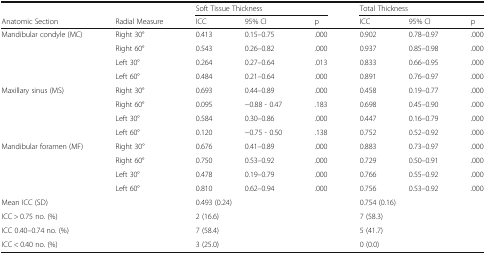
<table><thead><tr><td></td><td></td><td colspan="3"><b>Soft Tissue Thickness</b></td><td colspan="3"><b>Total Thickness</b></td></tr><tr><td><b>Anatomic Section</b></td><td><b>Radial Measure</b></td><td><b>ICC</b></td><td><b>95% CI</b></td><td><b>p</b></td><td><b>ICC</b></td><td><b>95% CI</b></td><td><b>p</b></td></tr></thead><tbody><tr><td rowspan="4">Mandibular condyle (MC)</td><td>Right 30°</td><td>0.413</td><td>0.15–0.75</td><td>.000</td><td>0.902</td><td>0.78–0.97</td><td>.000</td></tr><tr><td>Right 60°</td><td>0.543</td><td>0.26–0.82</td><td>.000</td><td>0.937</td><td>0.85–0.98</td><td>.000</td></tr><tr><td>Left 30°</td><td>0.264</td><td>0.27–0.64</td><td>.013</td><td>0.833</td><td>0.66–0.95</td><td>.000</td></tr><tr><td>Left 60°</td><td>0.484</td><td>0.21–0.64</td><td>.000</td><td>0.891</td><td>0.76–0.97</td><td>.000</td></tr><tr><td rowspan="4">Maxillary sinus (MS)</td><td>Right 30°</td><td>0.693</td><td>0.44–0.89</td><td>.000</td><td>0.458</td><td>0.19–0.77</td><td>.000</td></tr><tr><td>Right 60°</td><td>0.095</td><td>−0.88 - 0.47</td><td>.183</td><td>0.698</td><td>0.45–0.90</td><td>.000</td></tr><tr><td>Left 30°</td><td>0.584</td><td>0.30–0.86</td><td>.000</td><td>0.447</td><td>0.16–0.79</td><td>.000</td></tr><tr><td>Left 60°</td><td>0.120</td><td>−0.75 - 0.50</td><td>.138</td><td>0.752</td><td>0.52–0.92</td><td>.000</td></tr><tr><td rowspan="4">Mandibular foramen (MF)</td><td>Right 30°</td><td>0.676</td><td>0.41–0.89</td><td>.000</td><td>0.883</td><td>0.73–0.97</td><td>.000</td></tr><tr><td>Right 60°</td><td>0.750</td><td>0.53–0.92</td><td>.000</td><td>0.729</td><td>0.50–0.91</td><td>.000</td></tr><tr><td>Left 30°</td><td>0.478</td><td>0.19–0.79</td><td>.000</td><td>0.766</td><td>0.55–0.92</td><td>.000</td></tr><tr><td>Left 60°</td><td>0.810</td><td>0.62–0.94</td><td>.000</td><td>0.756</td><td>0.53–0.92</td><td>.000</td></tr><tr><td colspan="2">Mean ICC (SD)</td><td colspan="3">0.493 (0.24)</td><td colspan="3">0.754 (0.16)</td></tr><tr><td colspan="2">ICC &gt; 0.75 no. (%)</td><td colspan="3">2 (16.6)</td><td colspan="3">7 (58.3)</td></tr><tr><td colspan="2">ICC 0.40–0.74 no. (%)</td><td colspan="3">7 (58.4)</td><td colspan="3">5 (41.7)</td></tr><tr><td colspan="2">ICC &lt; 0.40 no. (%)</td><td colspan="3">3 (25.0)</td><td colspan="3">0 (0.0)</td></tr></tbody></table>